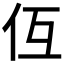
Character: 仾